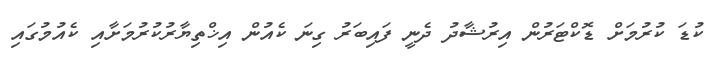
ކުޑަ ކުރުމަށް ޑޮކްޓަރުން އިރުޝާދު ދެނީ ފައިބަރު ގިނަ ކެއުން އިޚްތިޔާރުކުރުމަށާއި ކެއުމުގައި